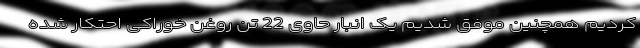
کردیم همچنین موفق شدیم یک انبار حاوی 22 تن روغن خوراکی احتکار شده